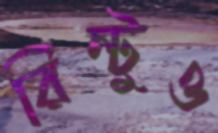
রিন্টুও